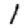
Digit: 1